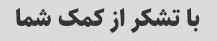
با تشکر از کمک شما